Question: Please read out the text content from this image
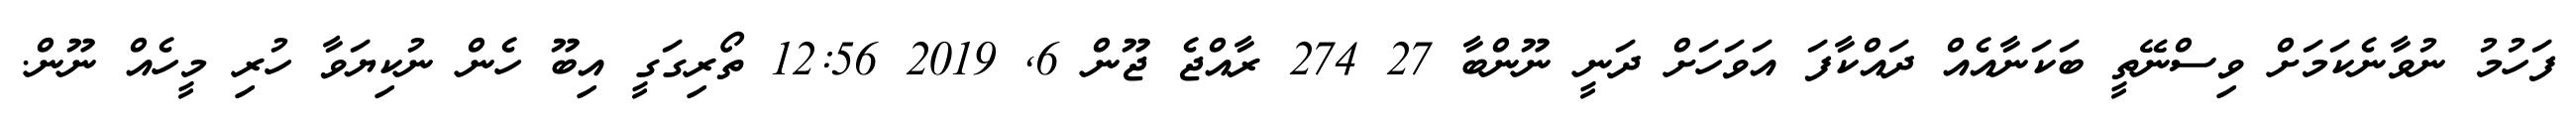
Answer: ފަހުމު ނުވާނެކަމަށް ވިސްނޭތީ ބަކަނާއެއް ދައްކާފަ އަވަހަށް ދަނީ ނޫންބާ 27 274 ރާއްޖެ ޖޫން 6, 2019 12:56 ތޯރިގަގީ އިބޫ ހެން ނުކިޔަވާ ހުރި މީހެއް ނޫން.